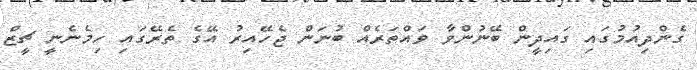
ގެންދިއުމުގައި ގައިދީން ބޭނުންވާ ވައްތަރެއް ބުނަން ޖެހޭއިރު އޭގެ ތެރޭގައި ހިމެނެނީ ޗީޒް